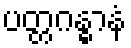
ပတ္တဂန္ဓာနံ